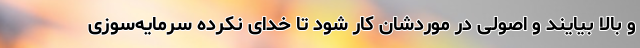
و بالا بیایند و اصولی در موردشان کار شود تا خدای نکرده سرمایه‌سوزی